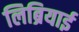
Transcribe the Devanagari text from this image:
लिब्रियाई